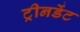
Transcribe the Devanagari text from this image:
ट्रीनडेंट